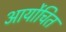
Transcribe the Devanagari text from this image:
आर्योचित